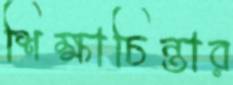
শিক্ষাচিন্তার